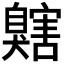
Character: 𦤬